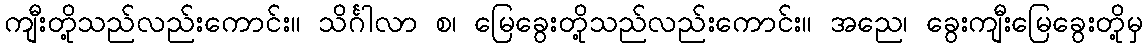
ကျီးတို့သည်လည်းကောင်း။ သိင်္ဂါလာ စ၊ မြေခွေးတို့သည်လည်းကောင်း။ အညေ၊ ခွေးကျီးမြေခွေးတို့မှ